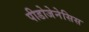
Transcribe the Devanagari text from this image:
पीडोजेनेसिस